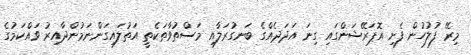
މިރޭ ފުލުހުން ފެށި އޮޕަރޭޝަންގައި ގިނަ އަދަދެއްގެ ބަނގުރަލާއި މަސްތުވާތަކެތީ އަތުލައިގަންނަމުންދާއިރު ވައްކަމުގެ